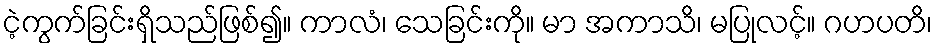
ငဲ့ကွက်ခြင်းရှိသည်ဖြစ်၍။ ကာလံ၊ သေခြင်းကို။ မာ အကာသိ၊ မပြုလင့်။ ဂဟပတိ၊